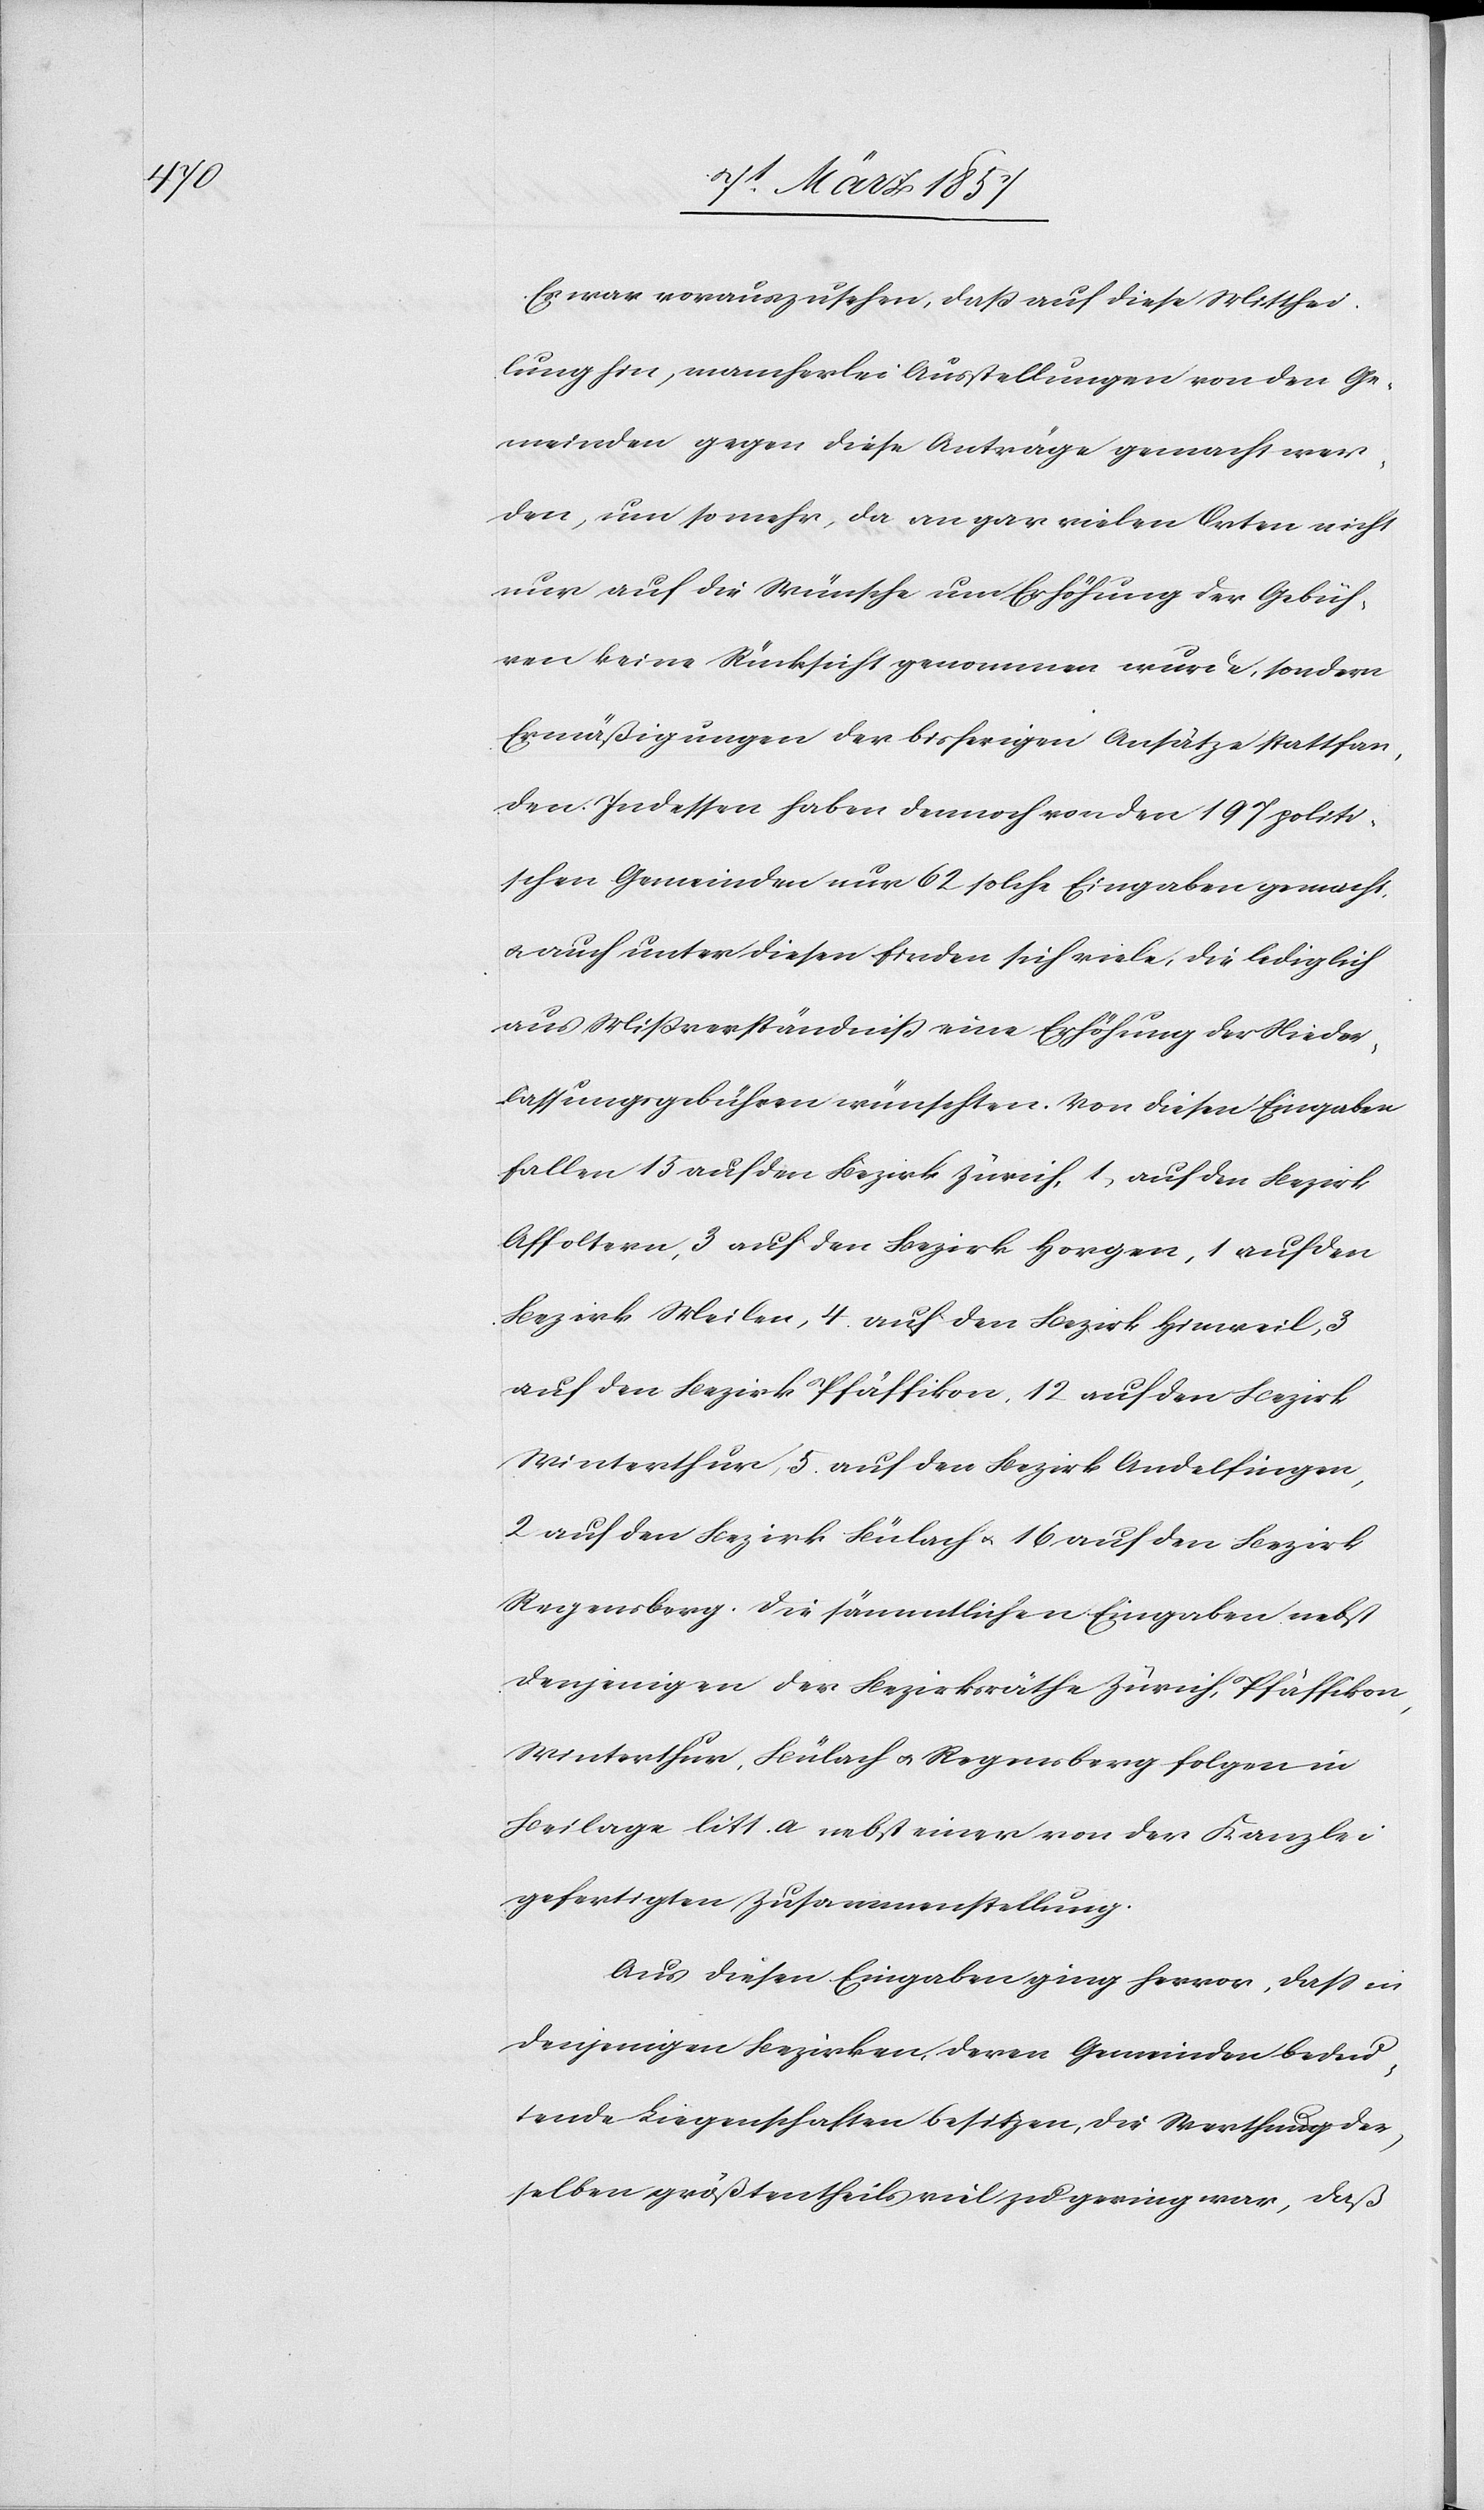
Es war vorauszusehen, daß auf diese Mitthei¬
lung hin, mancherlei Ausstellungen von den Ge¬
meinden gegen diese Anträge gemacht wer¬
den, um so mehr, da an gar vielen Orten nicht
nur auf die Wünsche um Erhöhung der Gebüh¬
ren keine Rücksicht genommen wurde, sondern
Ermäßigungen der bisherigen Ansätze stattfan¬
den. Indessen haben dennoch von den 197 politi¬
schen Gemeinden nur 62 solche Eingaben gemacht,
u. auch unter diesen finden sich viele, die lediglich
aus Mißverständniß eine Erhöhung der Nieder¬
lassungsgebühren wünschten. Von diesen Eingaben
fallen 15 auf den Bezirk Zürich, 1 auf den Bezirk
Affoltern, 3 auf den Bezirk Horgen, 1 auf den
Bezirk Meilen, 4. auf den Bezirk Hinweil, 3
auf den Bezirk Pfäffikon, 12 auf den Bezirk
Winterthur, 5. auf den Bezirk Andelfingen,
2 auf den Bezirk Bülach u. 16 auf den Bezirk
Regensberg. Die sämmtlichen Eingaben nebst
denjenigen der Bezirksräthe Zürich, Pfäffikon,
Winterthur, Bülach u. Regensberg folgen in
Beilage litt. a nebst einer von der Kanzlei
gefertigten Zusammenstellung.
Aus diesen Eingaben ging hervor, das in
denjenigen Bezirken, deren Gemeinden bedeu¬
tende Liegenschaften besitzen, die Werthung der¬
selben größtentheils viel zu gering war, daß